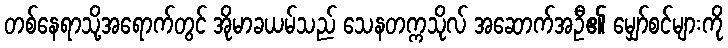
တစ်နေရာသို့အရောက်တွင် အိုမာခယမ်သည် သေနတက္ကသိုလ် အဆောက်အဦ၏ မျှော်စင်များကို